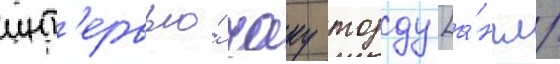
инт'ервью́ чаку тодду [а́нгл.